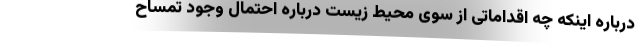
درباره اینکه چه اقداماتی از سوی محیط زیست درباره احتمال وجود تمساح